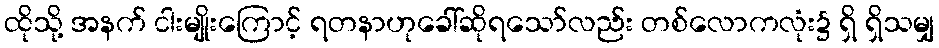
ထိုသို့ အနက် ငါးမျိုးကြောင့် ရတနာဟုခေါ်ဆိုရသော်လည်း တစ်လောကလုံး၌ ရှိ ရှိသမျှ